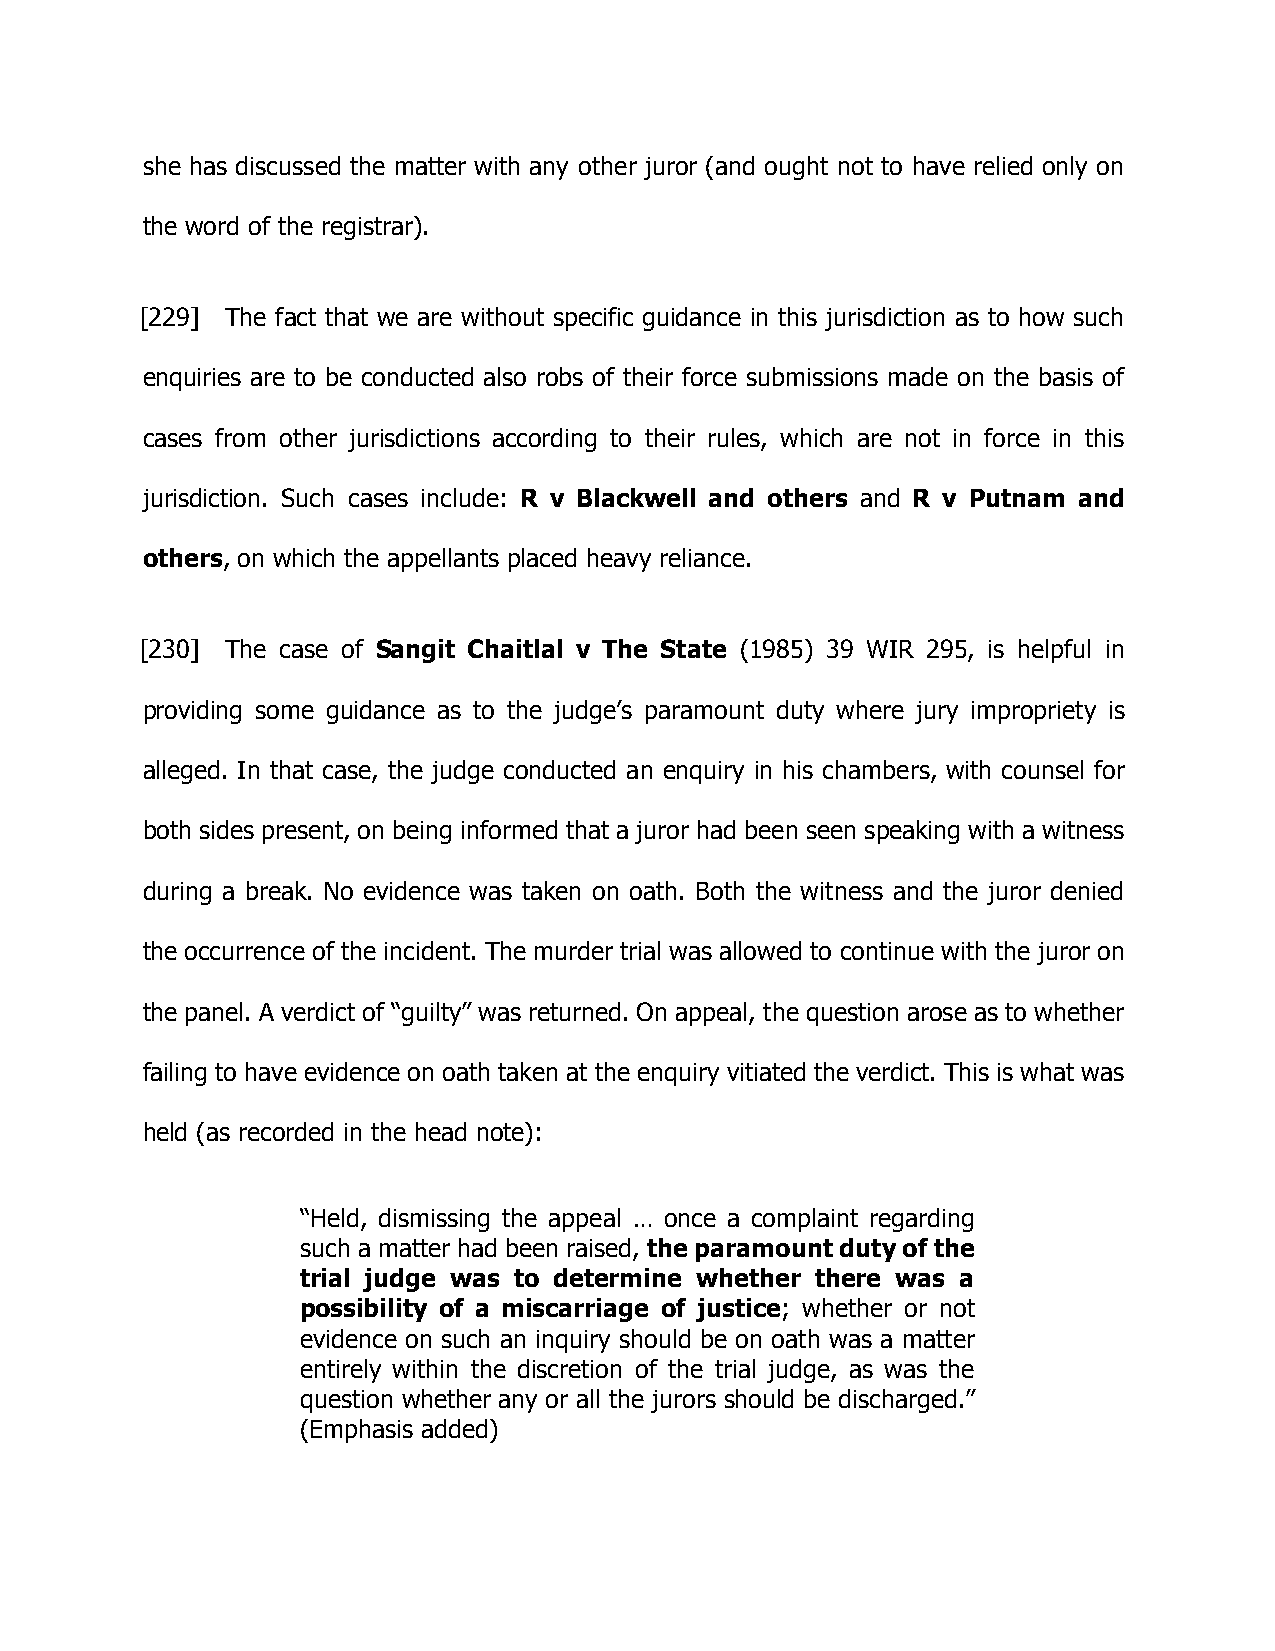
she has discussed the matter with any other juror (and ought not to have relied only on
 the word of the registrar).
 [229] The fact that we are without specific guidance in this jurisdiction as to how such
 enquiries are to be conducted also robs of their force submissions made on the basis of
 cases from other jurisdictions according to their rules, which are not in force in this
 jurisdiction. Such cases include: R v Blackwell and others and R v Putnam and
 others, on which the appellants placed heavy reliance.
 [230] The case of Sangit Chaitlal v The State (1985) 39 WIR 295, is helpful in
 providing some guidance as to the judge’s paramount duty where jury impropriety is
 alleged. In that case, the judge conducted an enquiry in his chambers, with counsel for
 both sides present, on being informed that a juror had been seen speaking with a witness
 during a break. No evidence was taken on oath. Both the witness and the juror denied
 the occurrence of the incident. The murder trial was allowed to continue with the juror on
 the panel. A verdict of “guilty” was returned. On appeal, the question arose as to whether
 failing to have evidence on oath taken at the enquiry vitiated the verdict. This is what was
 held (as recorded in the head note):
 “Held, dismissing the appeal … once a complaint regarding
 such a matter had been raised, the paramount duty of the
 trial judge was to determine whether there was a
 possibility of a miscarriage of justice; whether or not
 evidence on such an inquiry should be on oath was a matter
 entirely within the discretion of the trial judge, as was the
 question whether any or all the jurors should be discharged.”
 (Emphasis added)